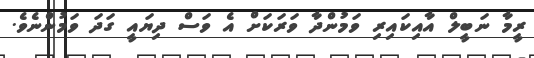
ރީމާ ނަބީލް އާއިކައިރި ވަމުންދާ ވަރަކަށް އެ ވަސް ދިޔައީ ގަދަ ވަމުންނެވެ.